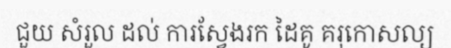
ជួយ សំរួល ដល់ ការស្វែងរក ដៃគូ គរុកោសល្យ